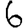
Digit: 6